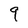
Character: 9